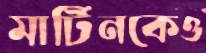
মার্টিনকেও